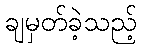
ချမှတ်ခဲ့သည့်